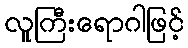
လူကြီးရောဂါဖြင့်